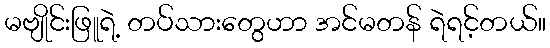
မဗျိုင်းဖြူရဲ့ တပ်သားတွေဟာ အင်မတန် ရဲရင့်တယ်။